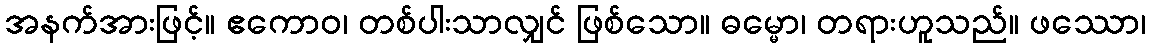
အနက်အားဖြင့်။ ဧကောဝ၊ တစ်ပါးသာလျှင် ဖြစ်သော။ ဓမ္မော၊ တရားဟူသည်။ ဖဿော၊